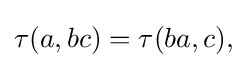
\displaystyle {\tau (a,bc)=\tau (ba,c),}